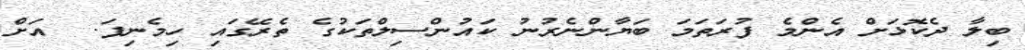
ބިލާ ދެކޮޅަށް އެންމެ ފުރަތަމަ ބަޔާންނެރުނު ކައުންސިލްތަކުގެ ތެރޭގައި ހިމެނިފަ.  އަށް